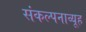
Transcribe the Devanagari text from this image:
संकल्पनाव्यूह